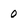
Character: 0